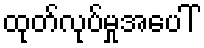
ထုတ်လုပ်မှုအပေါ်